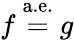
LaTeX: f\ {\stackrel{\mathrm{a.e.}}{=}}\ g